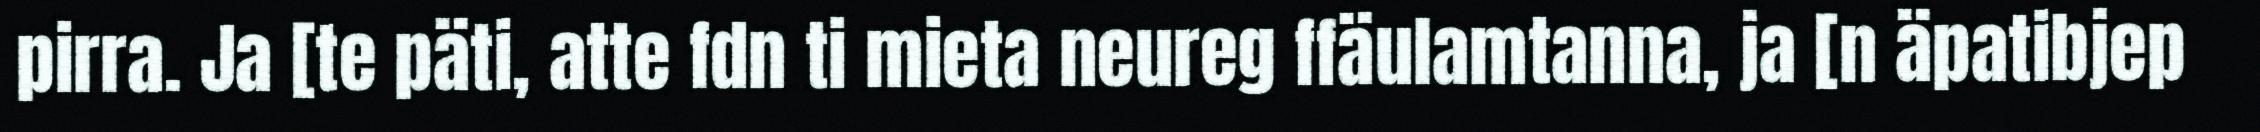
pirra. Ja [te päti, atte fdn ti mieta neureg ffäulamtanna, ja [n äpatibjep